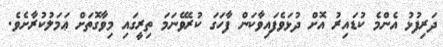
ދަރިފުޅު އެންމެ ކުޑައިރު އޮށް ދުޅަވެފައިވާކަން ފާހަގަ ކުރެވޭނަމަ ތިރީގައި މިވާގޮތަށް ޢަމަލުކުރާށެވެ.